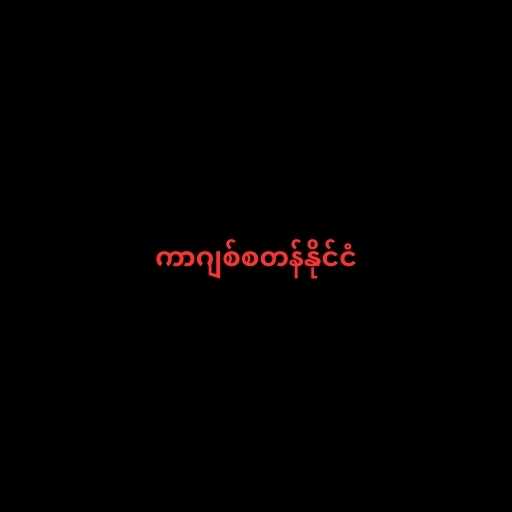
ကာဂျစ်စတန်နိုင်ငံ